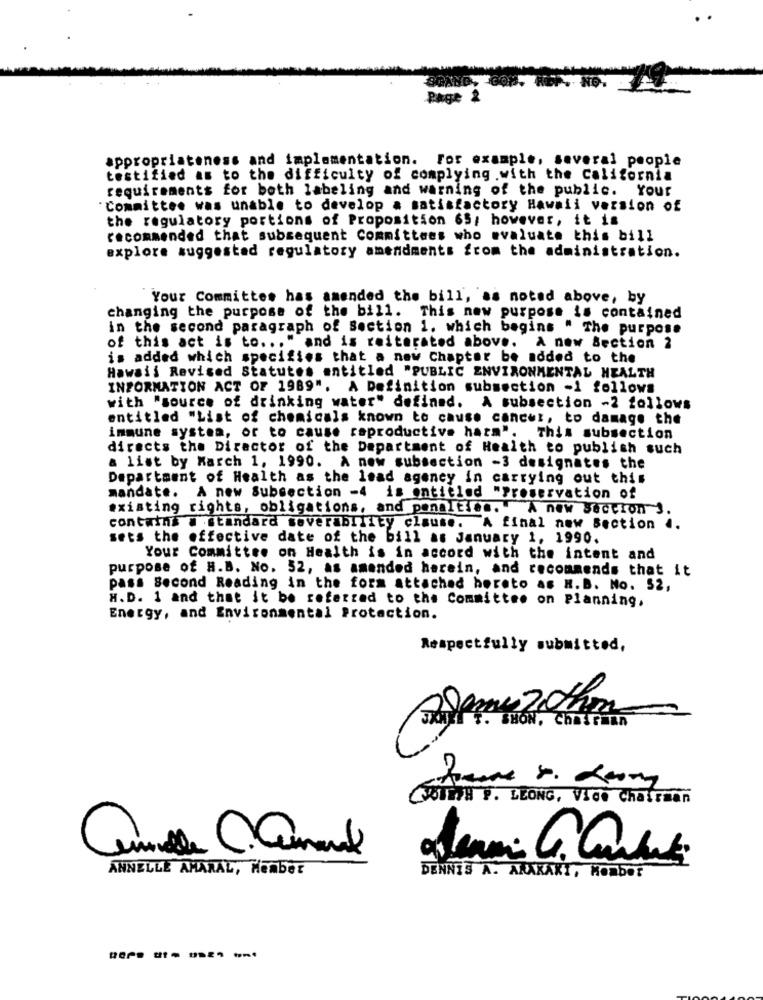
Page
appropriateness and implementation. For example, several people
testified as to the difficulty of complying .with the California
requirements for both labeling and warning of the public. Your
Committee was unable to develop a satisfactory Hawaii version of
the regulatory portions of Proposition 65; however, it is
recommended that subsequent Committees who evaluate this bill
explore suggested regulatory amendments from the administration.
Your Committee has amended the bill, as noted above, by
changing the purpose of the bill. This new purpose is contained
in the second paragraph of Section 1. which begins " The purpose
of this act is to ... " and is reiterated above. A new Section 2
is added which specifies that a new Chapter be added to the
Hawaii Revised Statutes entitled "PUBLIC ENVIRONMENTAL HEALTH
INFORMATION ACT OF 1989". A Definition subsection -1 follows
with "source of drinking water" defined. A subsection -2 follows
entitled "List of chemicals known to cause cancer, to damage the
immune system, or to cause reproductive harm". This subsection
directs the Director of the Department of Health to publish such
a list by March 1, 1990. A new subsection -3 designates the
Department of Health as the lead agency in carrying out this
mandate.
A new Subsection -4 is entitled "Preservation of
existing rights, obligations, and penalties. "A new Section 1
contains a standard soverability clause. A final new Section 4.
sets the effective date of the bill as January 1, 1990.
Your Committee on Health is in accord with the intent and
purpose of H.B. No. 52, as amended harein, and recommends that it
pass Second Reading in the form attached hereto as H.B. No. 52,
H.D. 1 and that it be referred to the Committee on Planning,
Energy, and Environmental Protection.
Respectfully submitted,
SHON, Chairman
CJITTH P. LLONG, Vice Chairman
ANNELLE AMARAL, Member
DENNIS A. AXXXAKI, Member